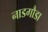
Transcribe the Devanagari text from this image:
नाडगौडा